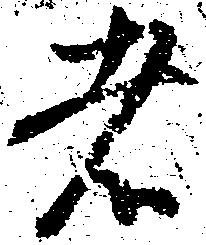
者